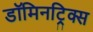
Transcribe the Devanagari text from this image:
डॉमिनट्रिक्स